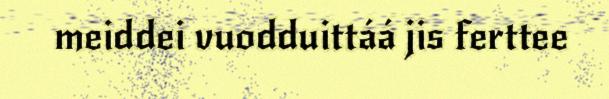
meiddei vuodduittáá jis ferttee